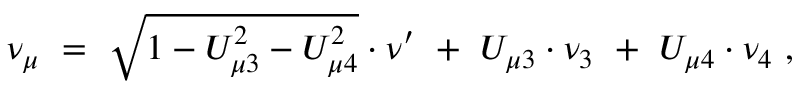
\nu _ { \mu } ~ = ~ \sqrt { 1 - U _ { \mu 3 } ^ { 2 } - U _ { \mu 4 } ^ { 2 } } \cdot \nu ^ { \prime } ~ + ~ U _ { \mu 3 } \cdot \nu _ { 3 } ~ + ~ U _ { \mu 4 } \cdot \nu _ { 4 } ~ ,